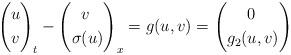
LaTeX: \begin{align*}\begin{aligned}\left(\begin{aligned}&u\\&v\\\end{aligned}\right)_t -\left(\begin{aligned}&v\\\sigma&(u)\\\end{aligned}\right)_x = g(u,v)=\left(\begin{aligned}&0\\g_2(&u,v)\\\end{aligned}\right)\end{aligned}\end{align*}